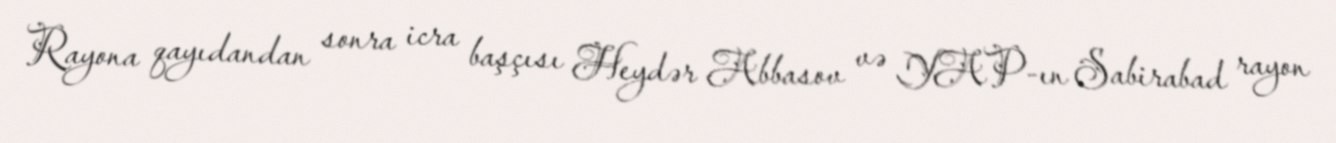
Rayona qayıdandan sonra icra başçısı Heydər Abbasov və YAP-ın Sabirabad rayon